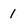
Character: 1